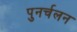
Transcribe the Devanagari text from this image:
पुनर्चलन